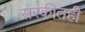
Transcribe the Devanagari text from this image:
सरकीतही